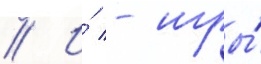
// И́ - игры́